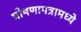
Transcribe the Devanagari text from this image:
घोषणापत्रामध्ये